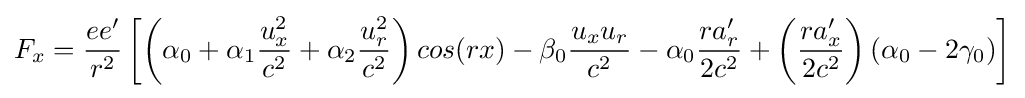
F_{x}={\frac {ee'}{r^{2}}}\left[\left(\alpha _{0}+\alpha _{1}{\frac {u_{x}^{2}}{c^{2}}}+\alpha _{2}{\frac {u_{r}^{2}}{c^{2}}}\right)cos(rx)-\beta _{0}{\frac {u_{x}u_{r}}{c^{2}}}-\alpha _{0}{\frac {ra'_{r}}{2c^{2}}}+\left({\frac {ra'_{x}}{2c^{2}}}\right)(\alpha _{0}-2\gamma _{0})\right]